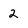
Character: 2